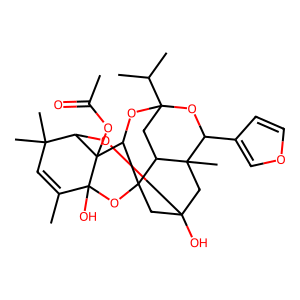
SMILES: CC(=O)OC12C3OC4(O)CC5(C)C(c6ccoc6)OC6(C(C)C)CC5C(C4)(OC1(O)C(C)=CC3(C)C)C2O6
Inhibits HIV replication: No